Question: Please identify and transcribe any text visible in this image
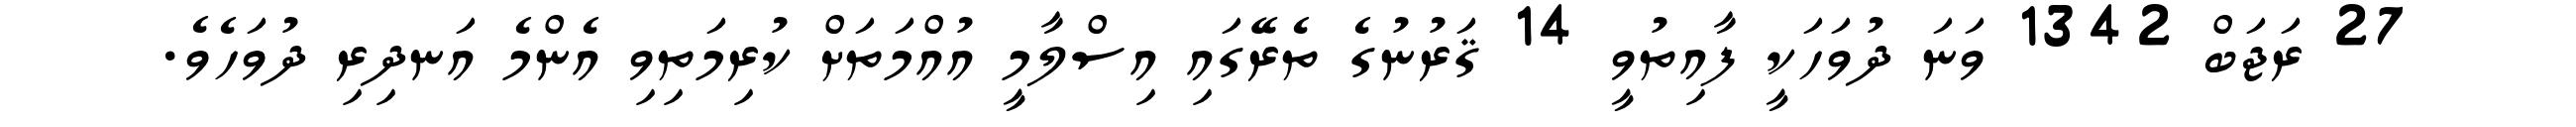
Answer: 27 ރަޖަބް 1342 ވަނަ ދުވަހަކީ ފާއިތުވީ 14 ޤަރުނުގެ ތެރޭގައި އިސްލާމީ އުއްމަތަށް ކުރިމަތިވި އެންމެ އަނދިރި ދުވަހެވެ.